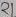
Text: 21